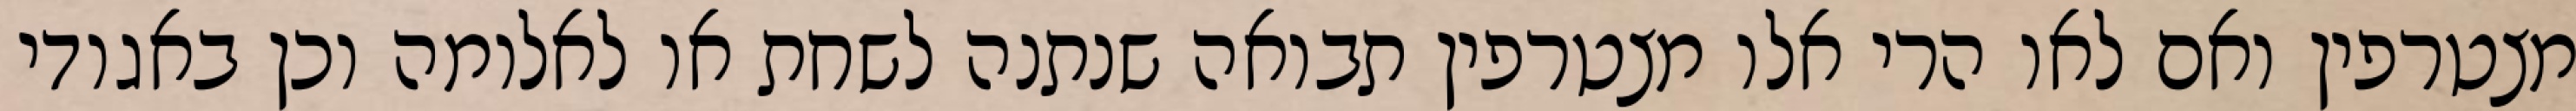
מצטרפין ואם לאו הרי אלו מצטרפין תבואה שנתנה לשחת או לאלומה וכן באגודי